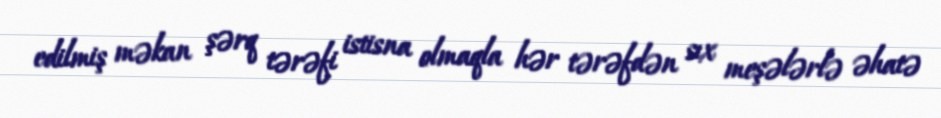
edilmiş məkan şərq tərəfi istisna olmaqla hər tərəfdən sıx meşələrlə əhatə